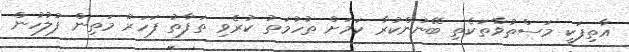
އާތިފަކީ މަސްތުވާތަކެތި ބޭނުންކުރާ ކަމަށް ތުހުމަތު ކުރެވި ތަފާތު ފަހަރު މަތިން ފުލުހުން